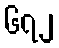
၆၇၂